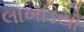
લાખડિયો